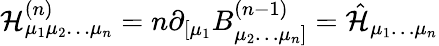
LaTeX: \mathcal{H}_{\mu_{1}\mu_{2}\ldots\mu_{n}}^{(n)}=n\partial_{[\mu_{1}}B_{\mu_{2}\ldots\mu_{n}]}^{(n-1)}=\hat{{\mathcal{H}}}_{\mu_{1}\ldots\mu_{n}}